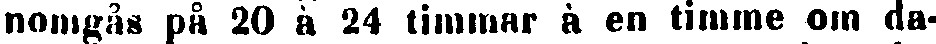
nomgås på 20 à 24 timmar à en timme om da-